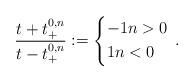
LaTeX: \begin{align*} \frac{t+t_{+}^{0,n}}{t-t_{+}^{0,n}}:=\begin{dcases} -1 n>0\\ 1 n<0\\ \end{dcases}\,.\end{align*}